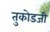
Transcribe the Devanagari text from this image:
तुकोडजी